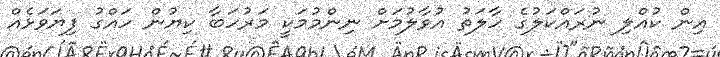
އިން ކުއްލި ނުރައްކަލުގެ ހާލަތު އުވާލުމަށް ނިންމުމަކީ މަރުހަބާ ކިޔުން ހައްގު ފިޔަވަޅެއް